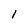
Character: l